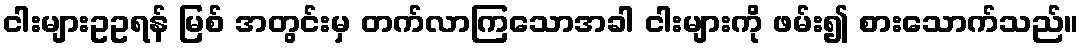
ငါးများဥဥရန် မြစ် အတွင်းမှ တက်လာကြသောအခါ ငါးများကို ဖမ်း၍ စားသောက်သည်။